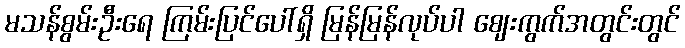
မသန်စွမ်းဦးရေ ကြမ်းပြင်ပေါ်ရှိ မြန်မြန်လုပ်ပါ ဈေးကွက်အတွင်းတွင်